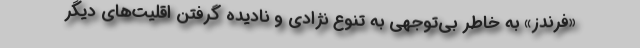
«فرندز» به خاطر بی‌توجهی به تنوع نژادی و نادیده گرفتن اقلیت‌های دیگر